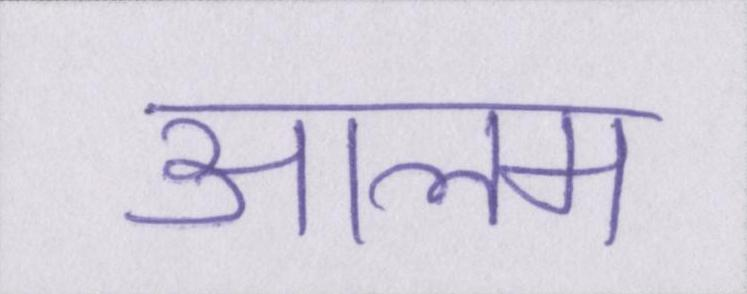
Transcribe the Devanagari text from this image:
आलम